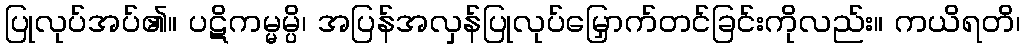
ပြုလုပ်အပ်၏။ ပဋိကမ္မမ္ပိ၊ အပြန်အလှန်ပြုလုပ်မြှောက်တင်ခြင်းကိုလည်း။ ကယိရတိ၊